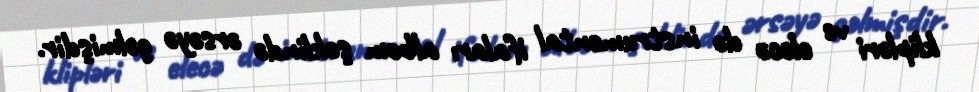
klipləri ve elecə də instrumental ifaları albom şəklində ərsəyə gəlmişdir.